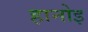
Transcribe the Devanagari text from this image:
हानोइ